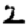
Digit: 2